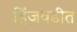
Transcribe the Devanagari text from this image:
हिंजवडीत